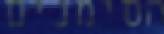
הסימנים